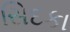
સિદકા